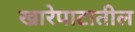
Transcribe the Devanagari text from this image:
खारेपाटातील